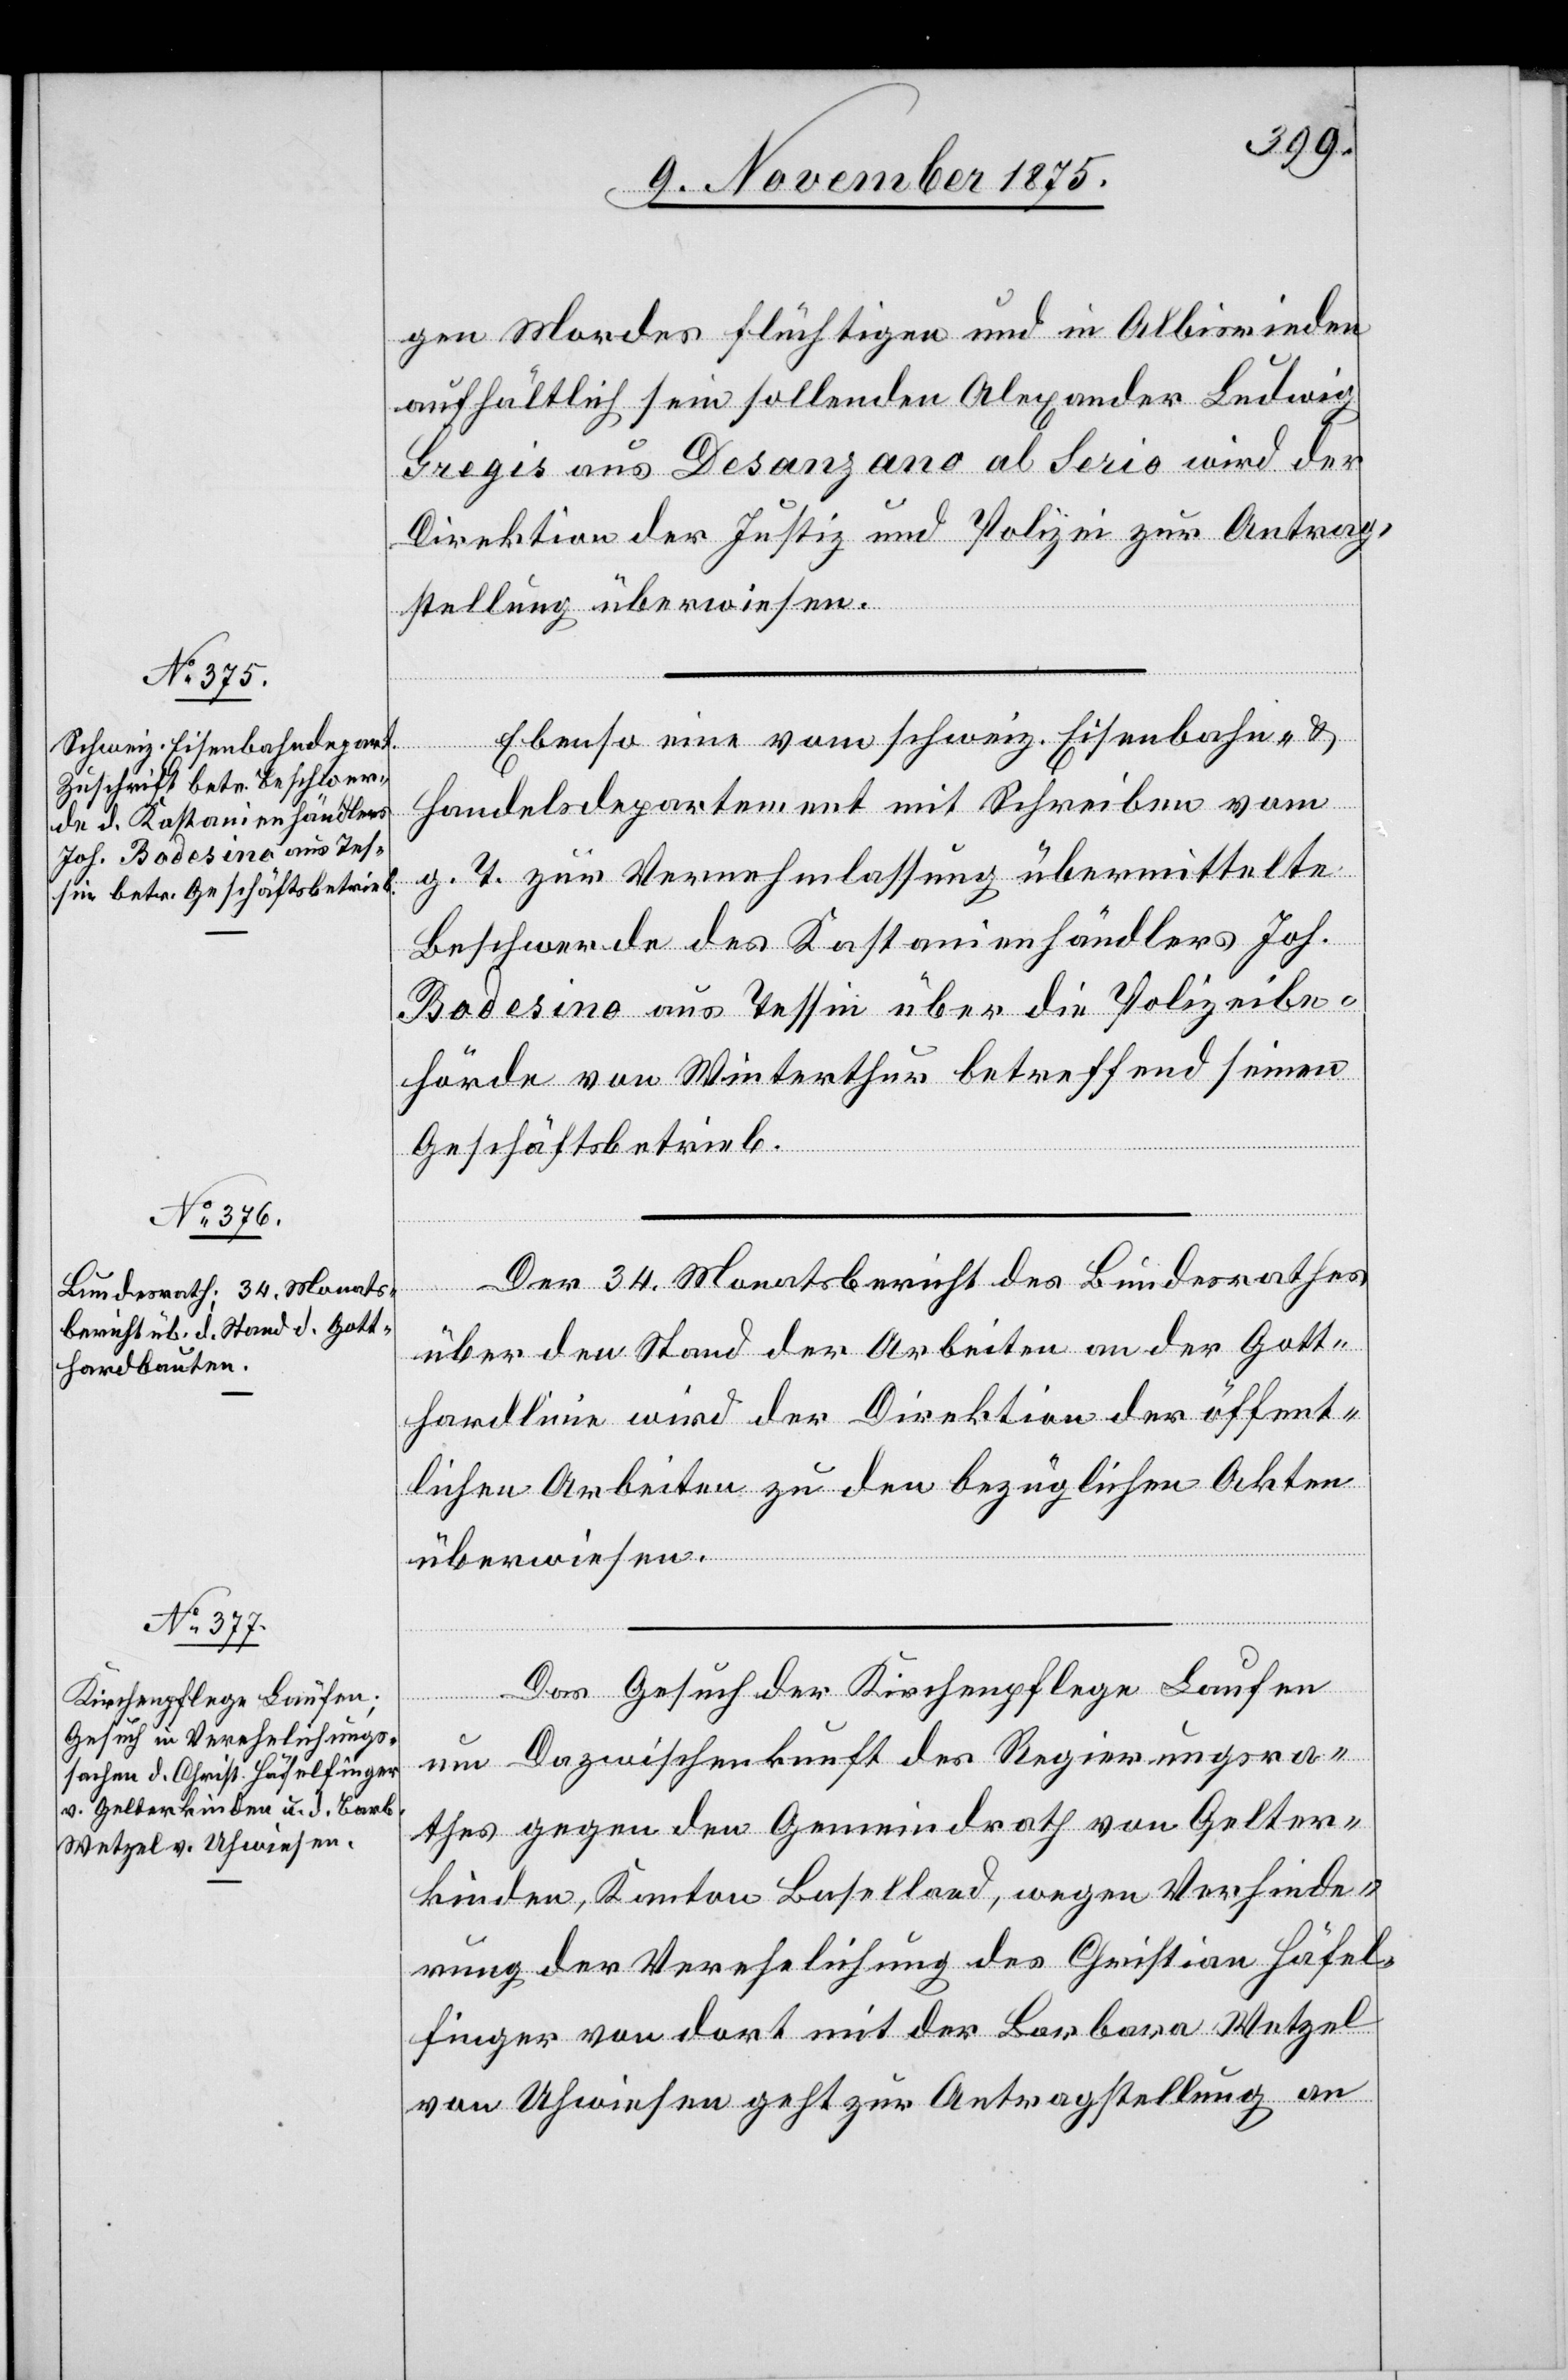
10. November 1875.]
gen Mordes flüchtigen und in Albisrieden
aufhältlich sein sollenden Alexander Ludwig
Gregis aus Desanzano [sic!] al Serio wird der
Direktion der Justiz und Polizei zur Antrag¬
stellung überwiesen.
Ebenso eine vom schweiz. Eisenbahn- &
Handelsdepartement mit Schreiben vom
g. T. zur Vernehmlassung übermittelte
Beschwerde des Kastanienhändlers Joh.
Bodesino aus Tessin über die Polizeibe¬
hörde von Winterthur betreffend seinen
Geschäftsbetrieb.
Der 34. Monatsbericht des Bundesrathes
über den Stand der Arbeiten an der Gott¬
hardlinie wird der Direktion der öffent¬
lichen Arbeiten zu den bezüglichen Akten
überwiesen.
Das Gesuch der Kirchenpflege Laufen
um Dazwischenkunft des Regierungsra¬
thes gegen den Gemeindrath von Gelter¬
kinden, Kanton Baselland, wegen Verhinde¬
rung der Verehelichung des Christian Häfel¬
finger von dort mit der Barbara Wetzel
von Uhwiesen geht zur Antragstellung an